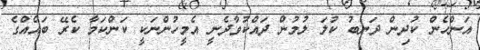
އަންހެން ކުދިން ދަނބު ކުލަ ލުމުން ދައްކުވާދެނީ އެމީހުންނަކީ ކަންކަމާ ކެރޭ ބައެއްގެ